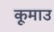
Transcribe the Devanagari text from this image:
कूमाउ